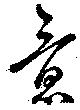
意